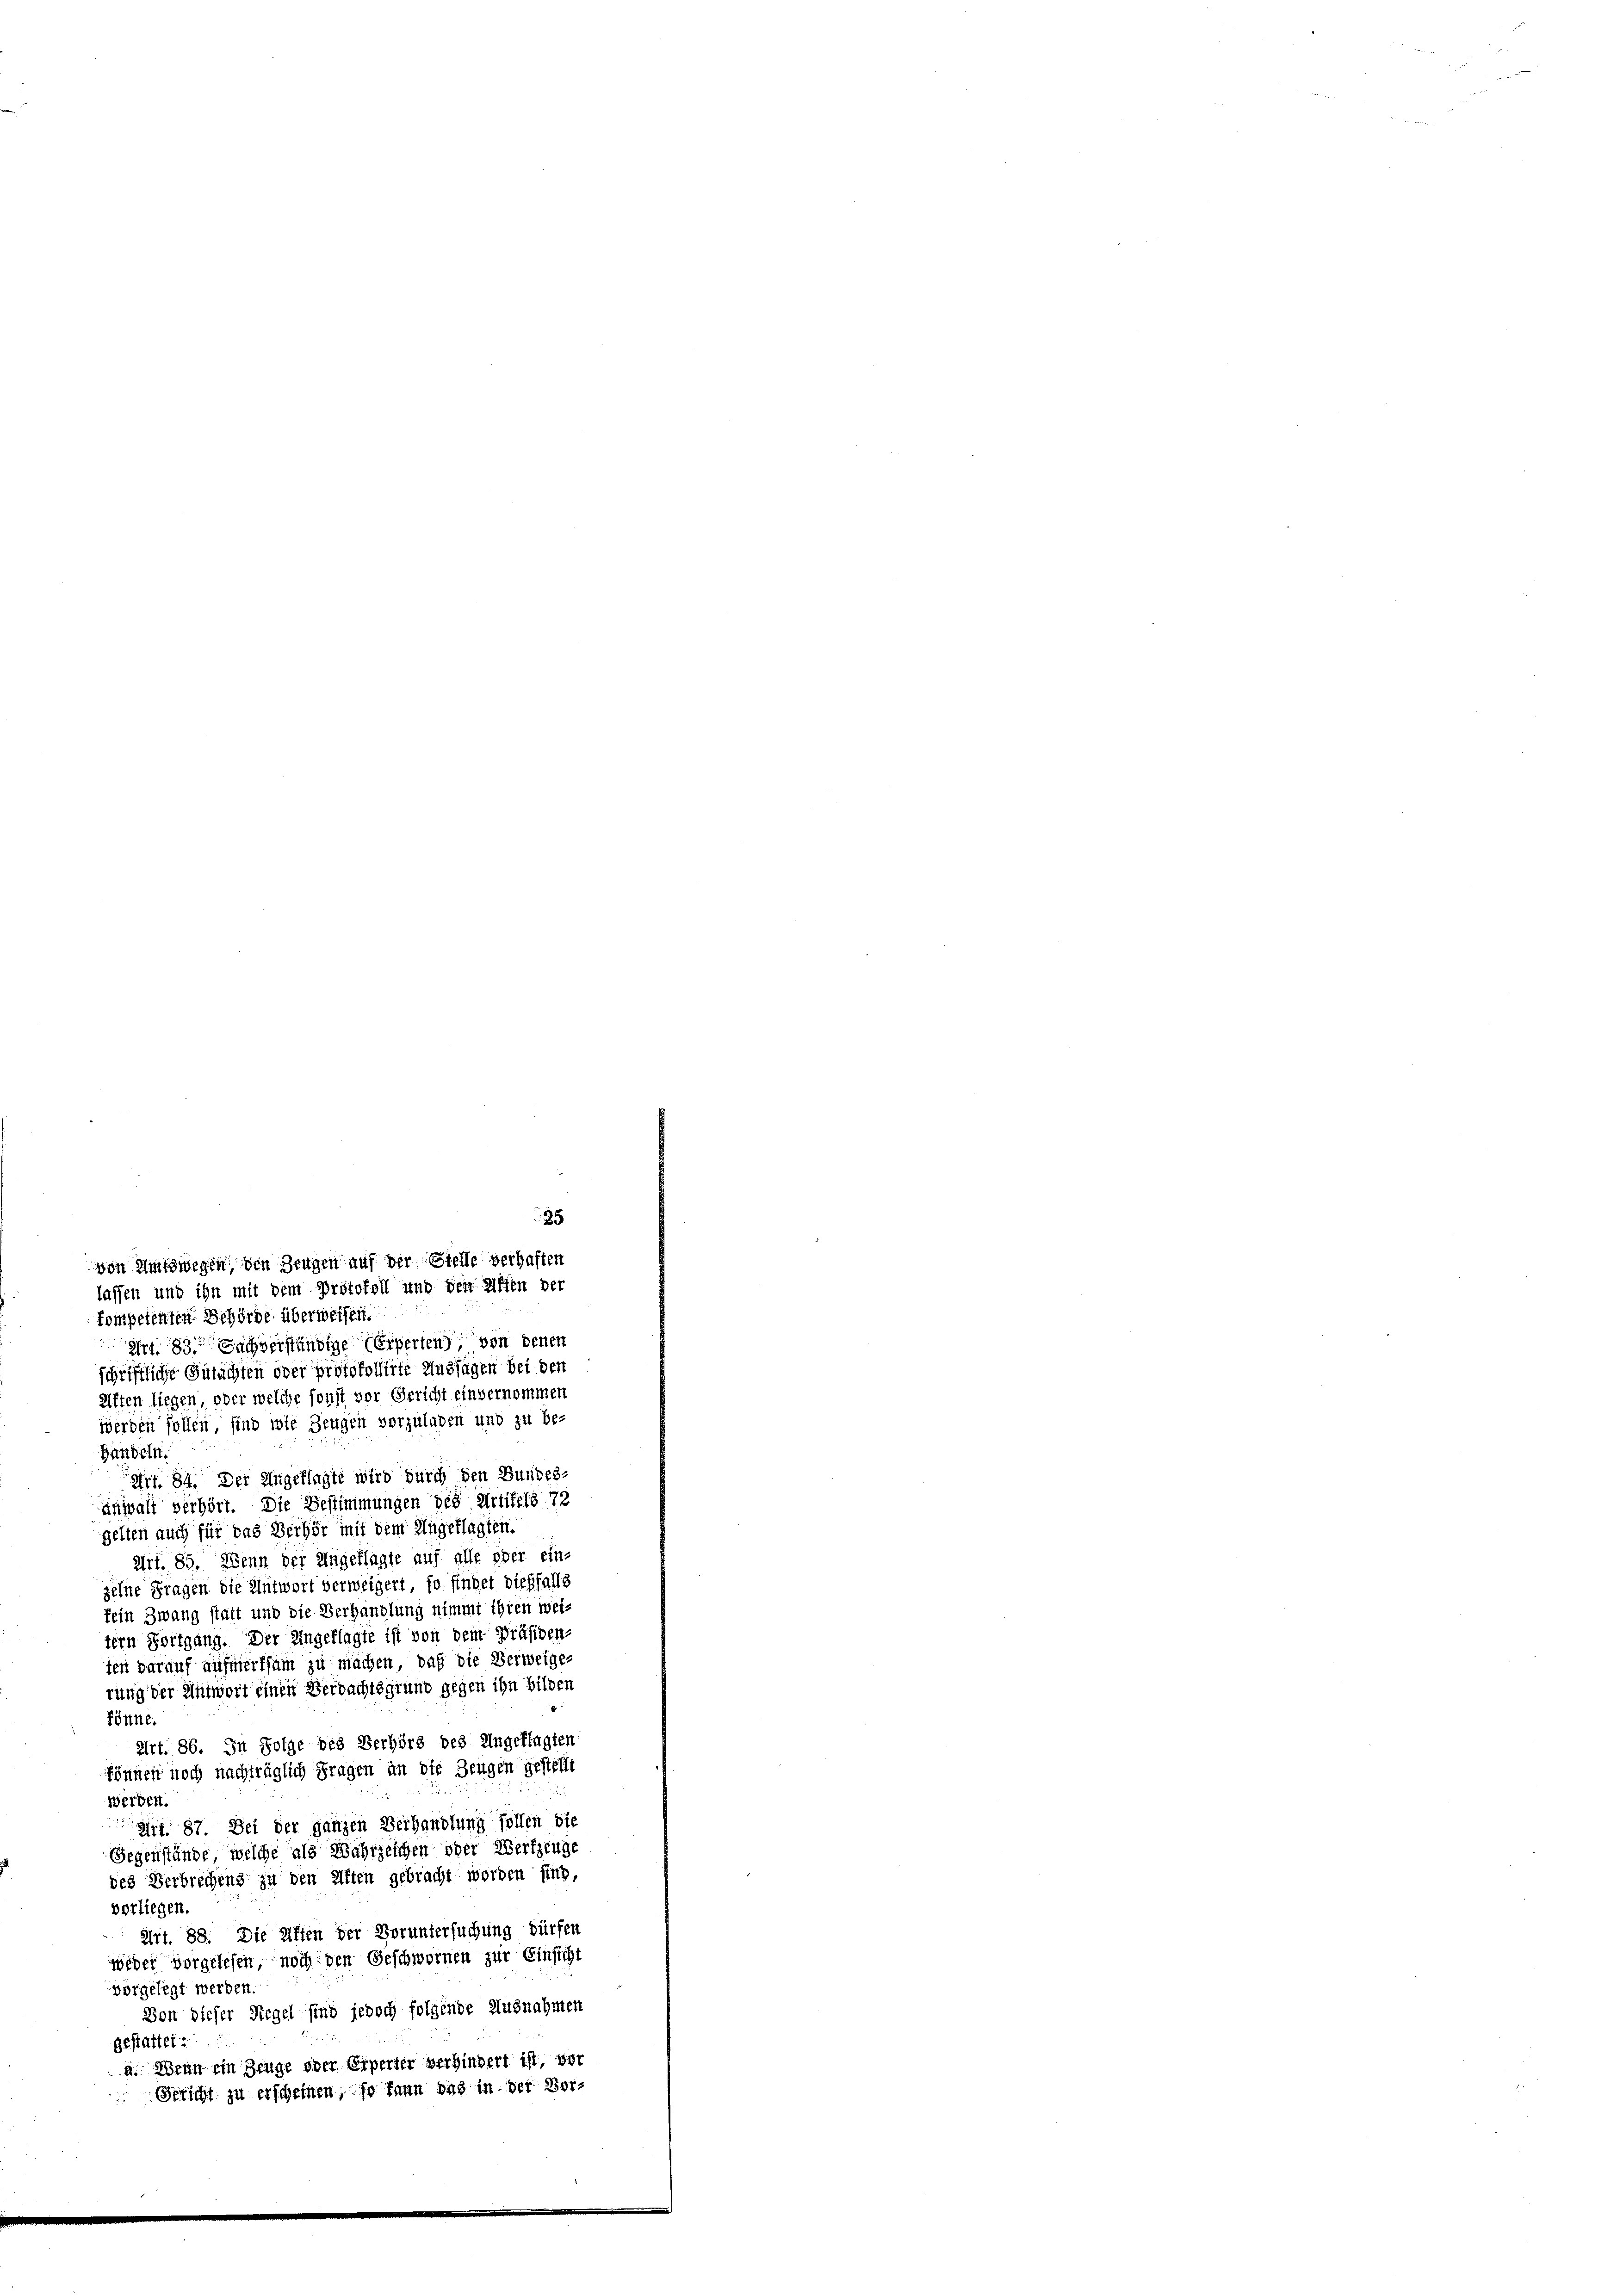
kompetenten Behörde überweisen.
Art. 83. Sachverständige Experten) von denen
schriftliche Gutachten oder protokollirte Aussagen bei den
eiften liegen oder welche sonst vor Gericht einvernommen
werden sollen, sind wie Zeugen vorzuladen und zu be-
Handeln.
Art. 84. Der Angeklagte wird durch den Bundes-
anwalt verhört. Die Bestimmungen des Artikels 72
gelten auch für das Berhör mit dem Angeklagten.
Art. 85. Wenn der Ungeflagte auf alle ober ein-
zelne Fragen die Antwort verweigert, so findet dießfalls
fein Zwang statt und die Verhandlung nimmt ihren weitern Fortgang. Der Angeklagte ist von dem Präsiden
ten darauf aufmerksam zu machen, daß die Verweiges
rung der Antwort einen Verdachtsgrund gegen ihn bilden
Pönne.
Art. 86. In Folge des Verhörs des Angeklagten
können noch nachträglich Fragen an die Zeugen gestellt
werden.
aiff. 87. Bei der ganzen Verhandlung sollen die
Gegenstände, welche als Wahrzeichen oder Werkzeuge
des Verbrechens zu den Alten gebracht worden sind,
vorliegen.
Art. 88. Die Affen der Voruntersuchung dürfen
wieder vorgelesen, noch den Geschwornen zur Einsicht
vorgelegt werden.
Von dieser Siegel sind jedoch folgende Ausnahmen
Gestattet.
a. Wenn ein Zeuge oder Erperter verhindert ist, vor
Schicht zu erscheinen, so kann das in der Vor¬

35
von Amtswegen den Zeugen auf der Stelle verhaften
lassen und ihn mit dem Protokoll und den Affen der